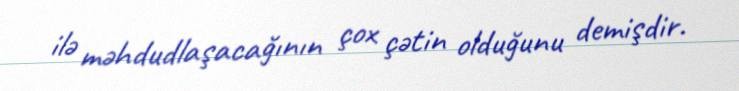
ilə məhdudlaşacağının çox çətin olduğunu demişdir.